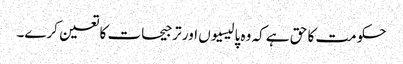
حکومت کا حق ہے کہ وہ پالیسیوں اور ترجیحات کا تعین کرے۔